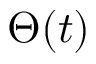
\Theta ( t )